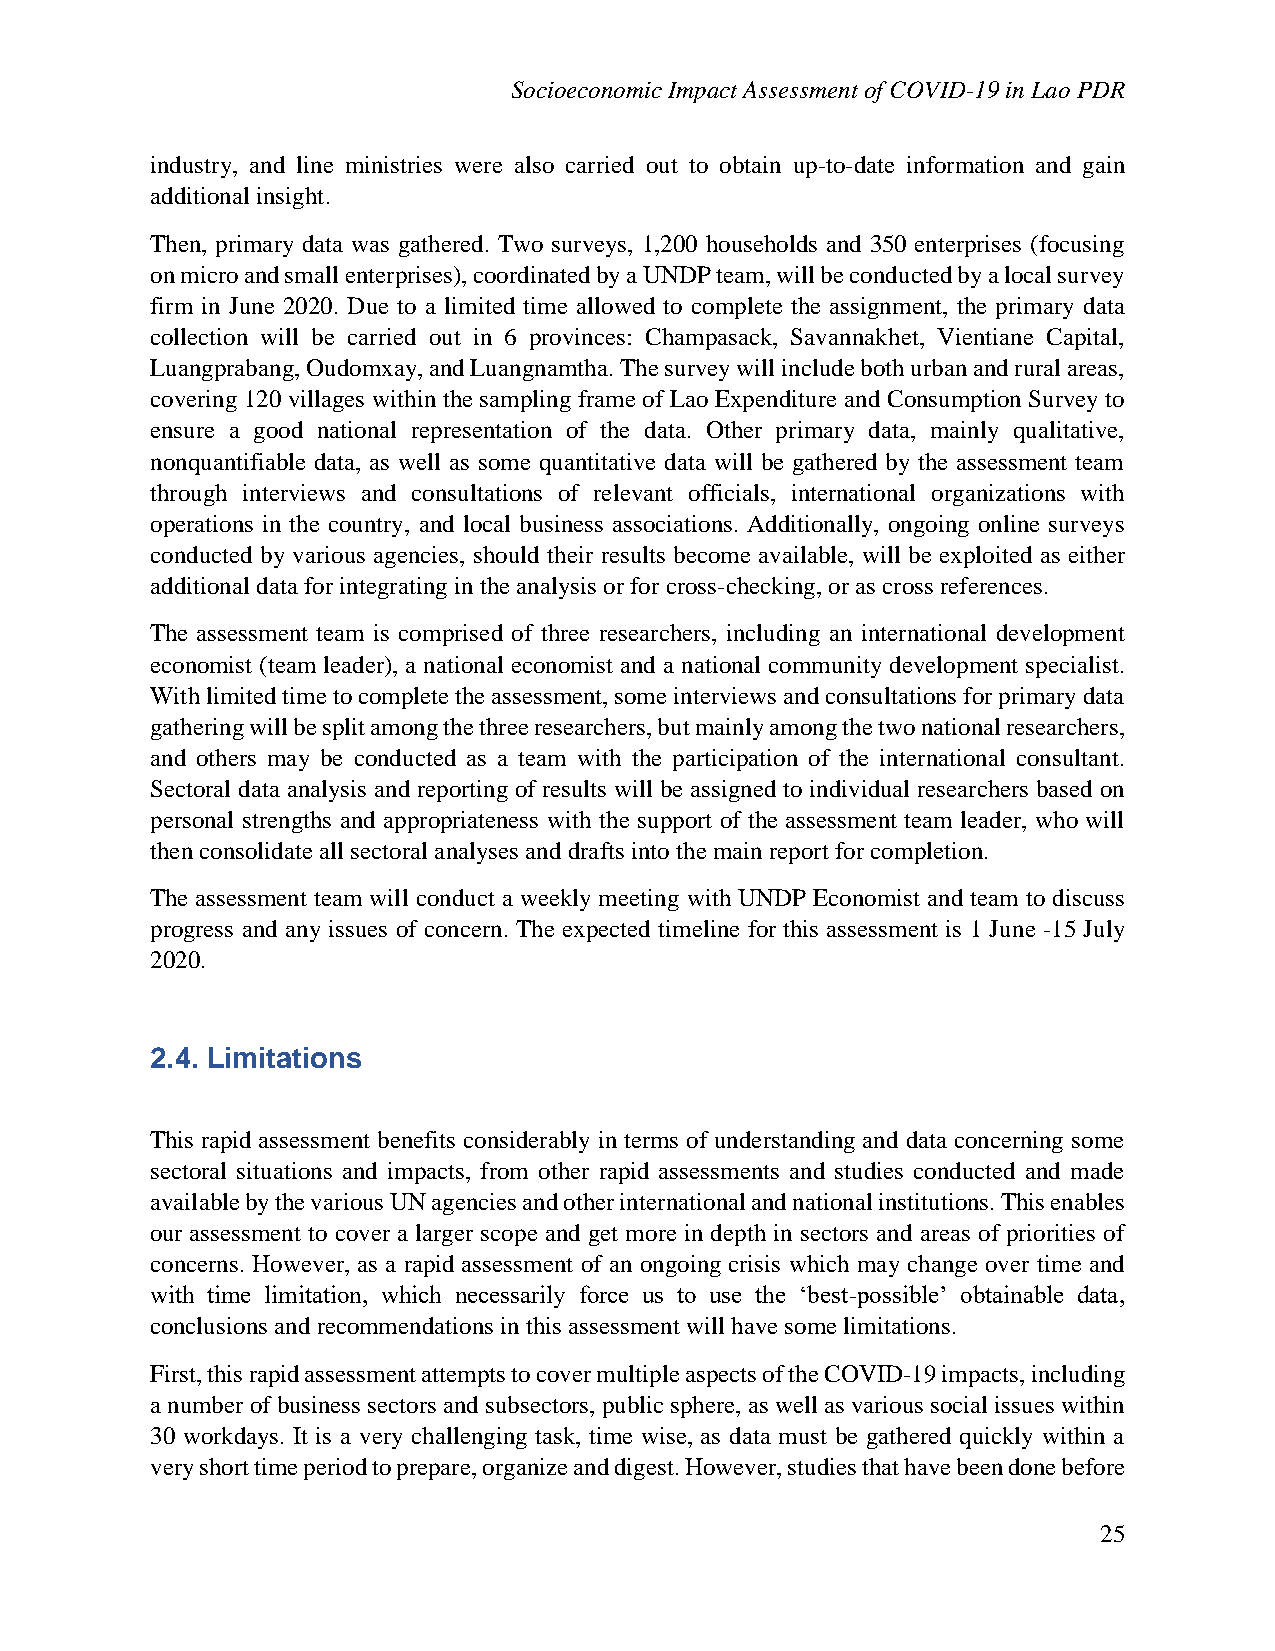
Socioeconomic Impact Assessment of COVID-19 in Lao PDR
 industry, and line ministries were also carried out to obtain up-to-date information and gain
 additional insight.
 Then, primary data was gathered. Two surveys, 1,200 households and 350 enterprises (focusing
 on micro and small enterprises), coordinated by a UNDP team, will be conducted by a local survey
 firm in June 2020. Due to a limited time allowed to complete the assignment, the primary data
 collection will be carried out in 6 provinces: Champasack, Savannakhet, Vientiane Capital,
 Luangprabang, Oudomxay, and Luangnamtha. The survey will include both urban and rural areas,
 covering 120 villages within the sampling frame of Lao Expenditure and Consumption Survey to
 ensure a good national representation of the data. Other primary data, mainly qualitative,
 nonquantifiable data, as well as some quantitative data will be gathered by the assessment team
 through interviews and consultations of relevant officials, international organizations with
 operations in the country, and local business associations. Additionally, ongoing online surveys
 conducted by various agencies, should their results become available, will be exploited as either
 additional data for integrating in the analysis or for cross-checking, or as cross references.
 The assessment team is comprised of three researchers, including an international development
 economist (team leader), a national economist and a national community development specialist.
 With limited time to complete the assessment, some interviews and consultations for primary data
 gathering will be split among the three researchers, but mainly among the two national researchers,
 and others may be conducted as a team with the participation of the international consultant.
 Sectoral data analysis and reporting of results will be assigned to individual researchers based on
 personal strengths and appropriateness with the support of the assessment team leader, who will
 then consolidate all sectoral analyses and drafts into the main report for completion.
 The assessment team will conduct a weekly meeting with UNDP Economist and team to discuss
 progress and any issues of concern. The expected timeline for this assessment is 1 June -15 July
 2020.
 2.4. Limitations
 This rapid assessment benefits considerably in terms of understanding and data concerning some
 sectoral situations and impacts, from other rapid assessments and studies conducted and made
 available by the various UN agencies and other international and national institutions. This enables
 our assessment to cover a larger scope and get more in depth in sectors and areas of priorities of
 concerns. However, as a rapid assessment of an ongoing crisis which may change over time and
 with time limitation, which necessarily force us to use the ‘best-possible’ obtainable data,
 conclusions and recommendations in this assessment will have some limitations.
 First, this rapid assessment attempts to cover multiple aspects of the COVID-19 impacts, including
 a number of business sectors and subsectors, public sphere, as well as various social issues within
 30 workdays. It is a very challenging task, time wise, as data must be gathered quickly within a
 very short time period to prepare, organize and digest. However, studies that have been done before
 25